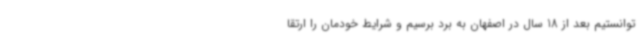
توانستیم بعد از 18 سال در اصفهان به برد برسیم و شرایط خودمان را ارتقا